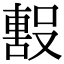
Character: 𭮼